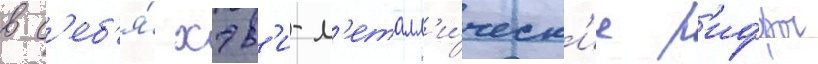
в с'еб'я́ хэв'и-м'еталл'и́ческ'ие р'иффы